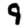
Digit: 9